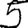
Digit: 5